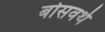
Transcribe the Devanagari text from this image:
बोसवर्थ